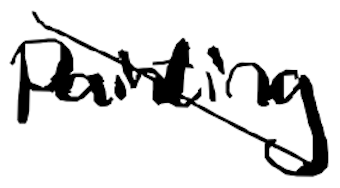
Text: painting
Cross-out: diagonal
Writing tool: digital_black